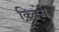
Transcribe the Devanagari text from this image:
क़्विंग